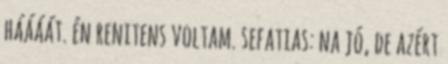
háááát. én renitens voltam. sefatias: na jó, de azért